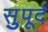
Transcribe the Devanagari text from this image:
सुुपूर्द